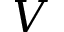
V